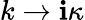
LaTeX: k\rightarrow\mathbf{i}\kappa